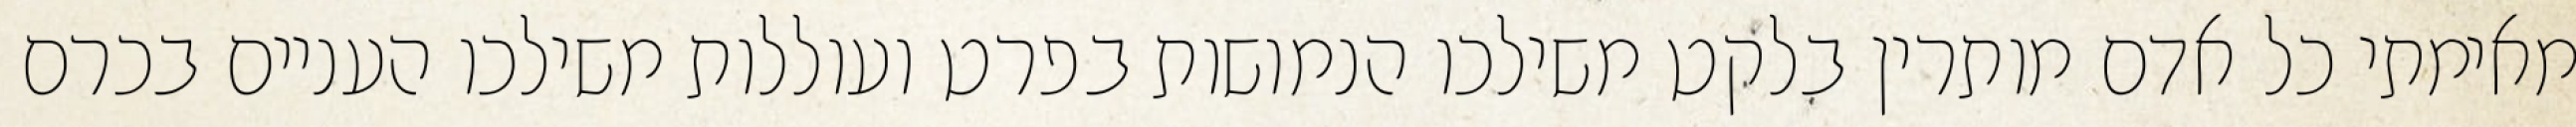
מאימתי כל אדם מותרין בלקט משילכו הנמושות בפרט ועוללות משילכו העניים בכרם